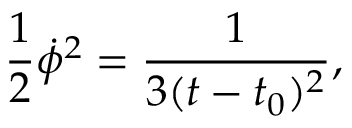
{ \frac { 1 } { 2 } \dot { \phi } ^ { 2 } = \frac { 1 } { 3 ( t - t _ { 0 } ) ^ { 2 } } , }